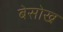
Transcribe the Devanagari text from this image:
बेसोख